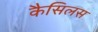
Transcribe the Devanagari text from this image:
कैसिलस